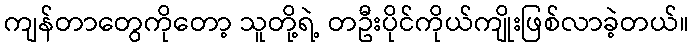
ကျန်တာတွေကိုတော့ သူတို့ရဲ့ တဦးပိုင်ကိုယ်ကျိုးဖြစ်လာခဲ့တယ်။